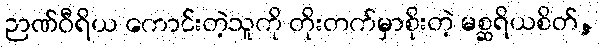
ဉာဏ်ဝီရိယ ကောင်းတဲ့သူကို တိုးတက်မှာစိုးတဲ့ မစ္ဆရိယစိတ်,